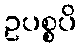
ဥပစ္စပိ